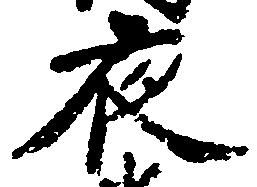
夜